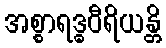
အစ္စာရဒ္ဓဝီရိယန္တိ